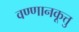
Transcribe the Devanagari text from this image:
वण्णानकूत्तु